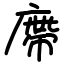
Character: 廗